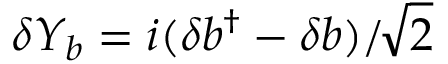
\delta Y _ { b } = i ( \delta b ^ { \dagger } - \delta b ) / \! \sqrt { 2 }